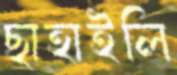
ছাহাইলি